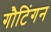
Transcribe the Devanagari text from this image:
गौटिंगन